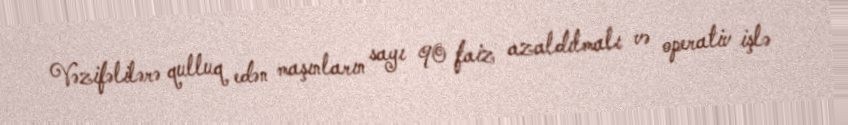
Vəzifəlilərə qulluq edən maşınların sayı 90 faiz azaldılmalı və operativ işlə